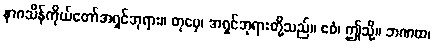
နာဂသိန်ကိုယ်တော်အရှင်ဘုရား။ တုမှေ၊ အရှင်ဘုရားတို့သည်။ ဧဝံ၊ ဤသို့။ ဘဏထ၊